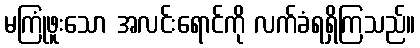
မကြုံဖူးသော အလင်းရောင်ကို လက်ခံရရှိကြသည်။